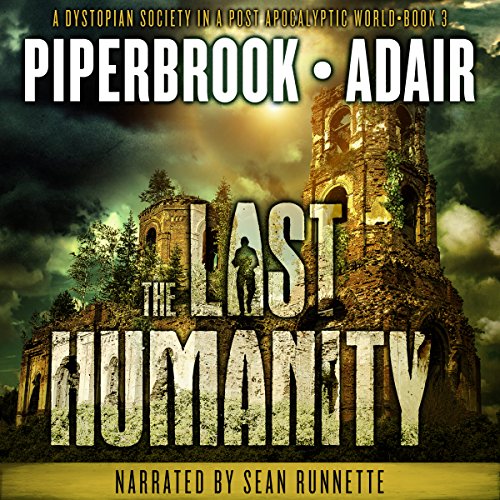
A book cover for The Last Humanity: A Dystopian Society in a Post-Apocalyptic World: The Last Survivors, Book 3; Bobby Adair; Science Fiction & Fantasy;